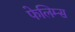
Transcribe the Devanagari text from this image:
फेलिम्स